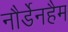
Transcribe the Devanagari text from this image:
नौर्डेनहैम